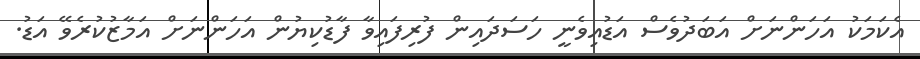
އެކަމަކު އަހަންނަށް އަބަދުވެސް އަޑުއިވެނީ ހަސަދައިން ފުރިފައިވާ ފާޑުކިޔުން އަހަންނަށް އަމާޒުކުރެވޭ އަޑު.